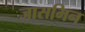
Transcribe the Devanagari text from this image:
जासमिन